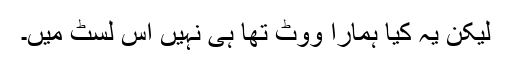
لیکن یہ کیا ہمارا ووٹ تھا ہی نہیں اس لسٹ میں۔